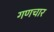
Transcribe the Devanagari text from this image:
गणचार